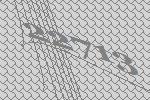
22713